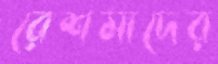
রেশমাদের